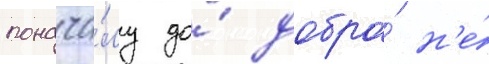
понача́лу до́ добра́ н'е́